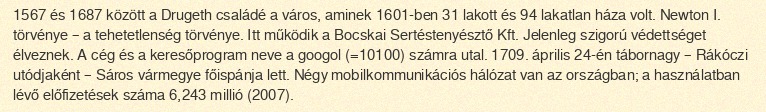
1567 és 1687 között a Drugeth családé a város, aminek 1601-ben 31 lakott és 94 lakatlan háza volt. Newton I. törvénye – a tehetetlenség törvénye. Itt működik a Bocskai Sertéstenyésztő Kft. Jelenleg szigorú védettséget élveznek. A cég és a keresőprogram neve a googol (=10100) számra utal. 1709. április 24-én tábornagy – Rákóczi utódjaként – Sáros vármegye főispánja lett. Négy mobilkommunikációs hálózat van az országban; a használatban lévő előfizetések száma 6,243 millió (2007).